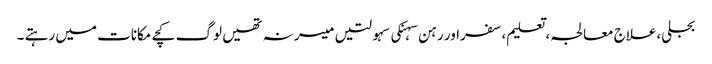
بجلی،علاج معالجہ ،تعلیم،سفراور رہن سہنکی سہولتیں میسر نہ تھیں لوگ کچے مکانات میں رہتے ۔